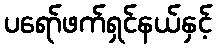
ပရော်ဖက်ရှင်နယ်နှင့်